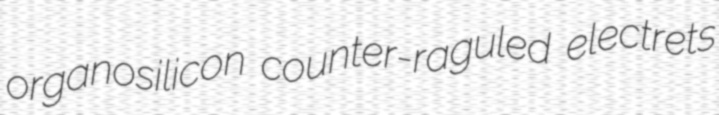
organosilicon counter-raguled electrets